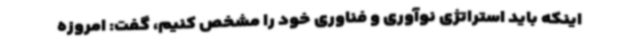
اینکه باید استراتژی نوآوری و فناوری خود را مشخص کنیم، گفت: امروزه